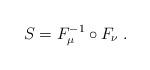
LaTeX: \begin{align*}S=F_\mu^{-1}\circ F_\nu\;.\end{align*}